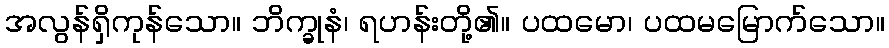
အလွန်ရှိကုန်သော။ ဘိက္ခုနံ၊ ရဟန်းတို့၏။ ပထမော၊ ပထမမြောက်သော။